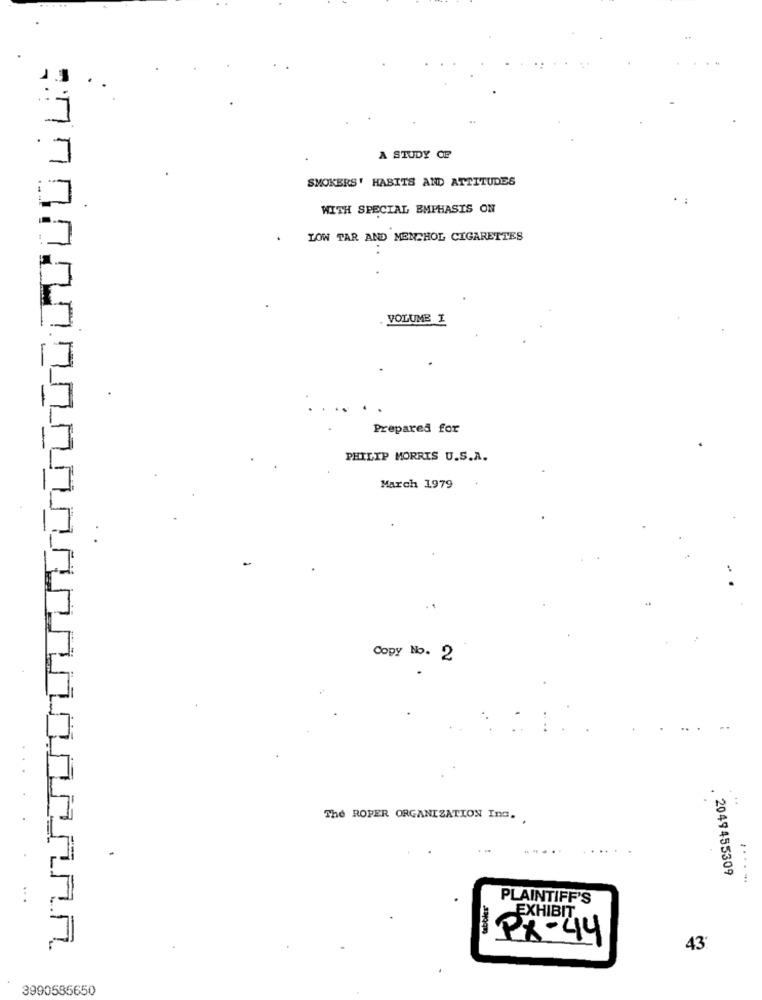
A STUDY OF
SMOKERS' HABITS AND ATTITUDES
WITH SPECIAL EMPHASIS ON
LOW TAR AND MENTHOL CIGARETTES
VOLUME I
Prepared for
PHILIP MORRIS U.S.A.
March 1979
Copy No. 2
The ROPER ORGANIZATION Ing.
2049455309
.... ..
tabbles'
PLAINTIFF'S
EXHIBIT
PX-44
43'
3990585650